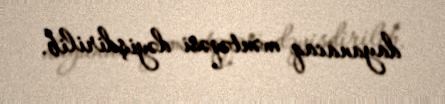
dayanacaq məntəqəsi dəyişdirilib.